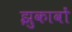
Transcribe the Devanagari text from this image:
झुकावों